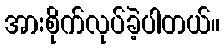
အားစိုက်လုပ်ခဲ့ပါတယ်။